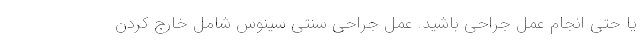
یا حتی انجام عمل جراحی باشید. عمل جراحی سنتی سینوس شامل خارج کردن